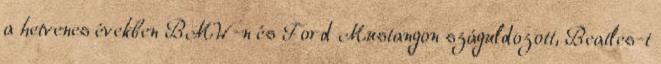
a hetvenes években BMW-n és Ford Mustangon száguldozott, Beatles-t